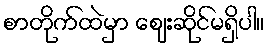
စာတိုက်ထဲမှာ ဈေးဆိုင်မရှိပါ။